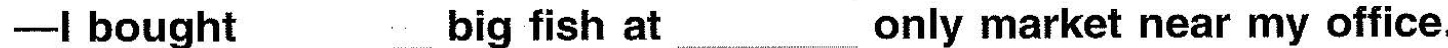
-I bought big fish at only market near my office.